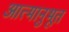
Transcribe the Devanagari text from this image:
आत्मानुभूत